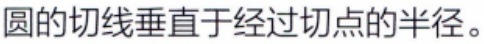
圆的切线垂直于经过切点的半径。